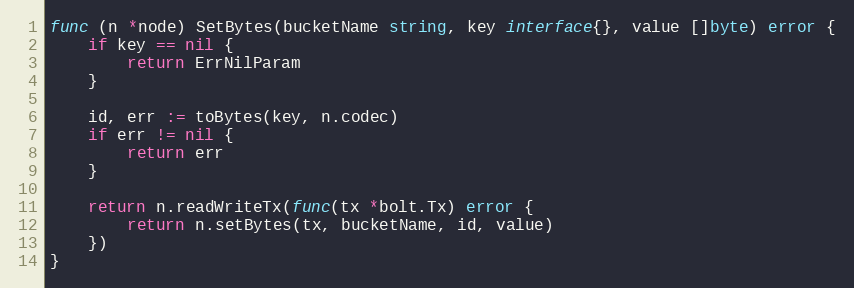
Language: Go
func (n *node) SetBytes(bucketName string, key interface{}, value []byte) error {
	if key == nil {
		return ErrNilParam
	}

	id, err := toBytes(key, n.codec)
	if err != nil {
		return err
	}

	return n.readWriteTx(func(tx *bolt.Tx) error {
		return n.setBytes(tx, bucketName, id, value)
	})
}